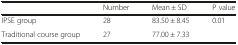
<table><thead><tr><td></td><td><b>Number</b></td><td><b>Mean ± SD</b></td><td><b>P value</b></td></tr></thead><tbody><tr><td>IPSE group</td><td>28</td><td>83.50 ± 8.45</td><td>0.01</td></tr><tr><td>Traditional course group</td><td>27</td><td>77.00 ± 7.33</td><td></td></tr></tbody></table>